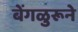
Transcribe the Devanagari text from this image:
बेंगळुरूने